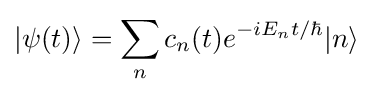
|\psi (t)\rangle =\sum _{n}c_{n}(t)e^{-iE_{n}t/\hbar }|n\rangle ~